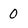
Character: 0